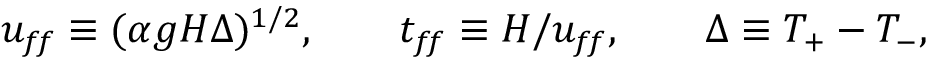
\begin{array} { r } { u _ { f \! f } \equiv ( \alpha g H \Delta ) ^ { 1 / 2 } , \qquad t _ { f \! f } \equiv H / u _ { f \! f } , \qquad \Delta \equiv T _ { + } - T _ { - } , } \end{array}